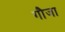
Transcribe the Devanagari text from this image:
गौजा